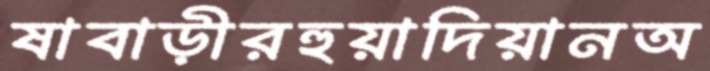
ষাবাড়ীরহুয়াদিয়ানঅ